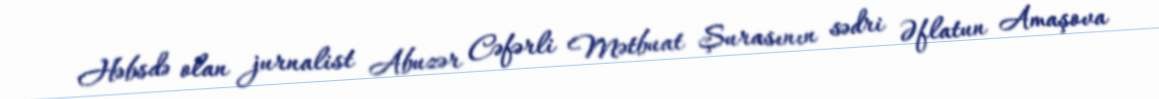
Həbsdə olan jurnalist Abuzər Cəfərli Mətbuat Şurasının sədri Əflatun Amaşova